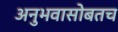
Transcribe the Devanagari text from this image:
अनुभवासोबतच